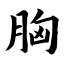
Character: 胸